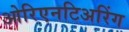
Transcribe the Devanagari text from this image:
ओरिएनटिअरिंग